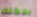
يمكنك